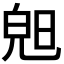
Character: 𣇙